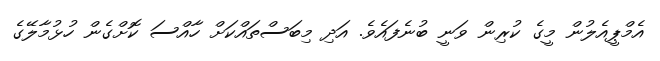
އެމްޕީއެލުން މީގެ ކުރިން ވަނީ ބުނެފައެވެ. އަދި މިބަސްތައްކަށް ހާއްސަ ކޮށްގެން ހުޅުމާލޭގެ